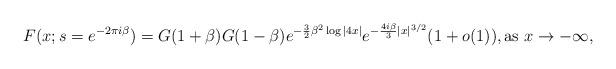
LaTeX: \begin{align*}F(x;s=e^{-2\pi i\beta})=G(1+\beta)G(1-\beta)e^{-\frac{3}{2}\beta^2\log |4x|}e^{-\frac{4i\beta}{3}|x|^{3/2}}(1+o(1)),\mbox{as $x\to -\infty$,}\end{align*}